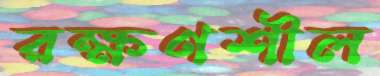
রক্ষণশীল